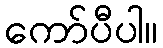
ကော်ပီပါ။